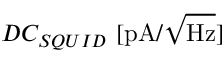
D C _ { S Q U I D } \ [ \mathrm { p A } / \sqrt { \mathrm { H z } } ]